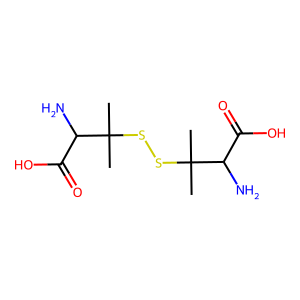
SMILES: CC(C)(SSC(C)(C)C(N)C(=O)O)C(N)C(=O)O
Inhibits HIV replication: No